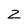
Character: z